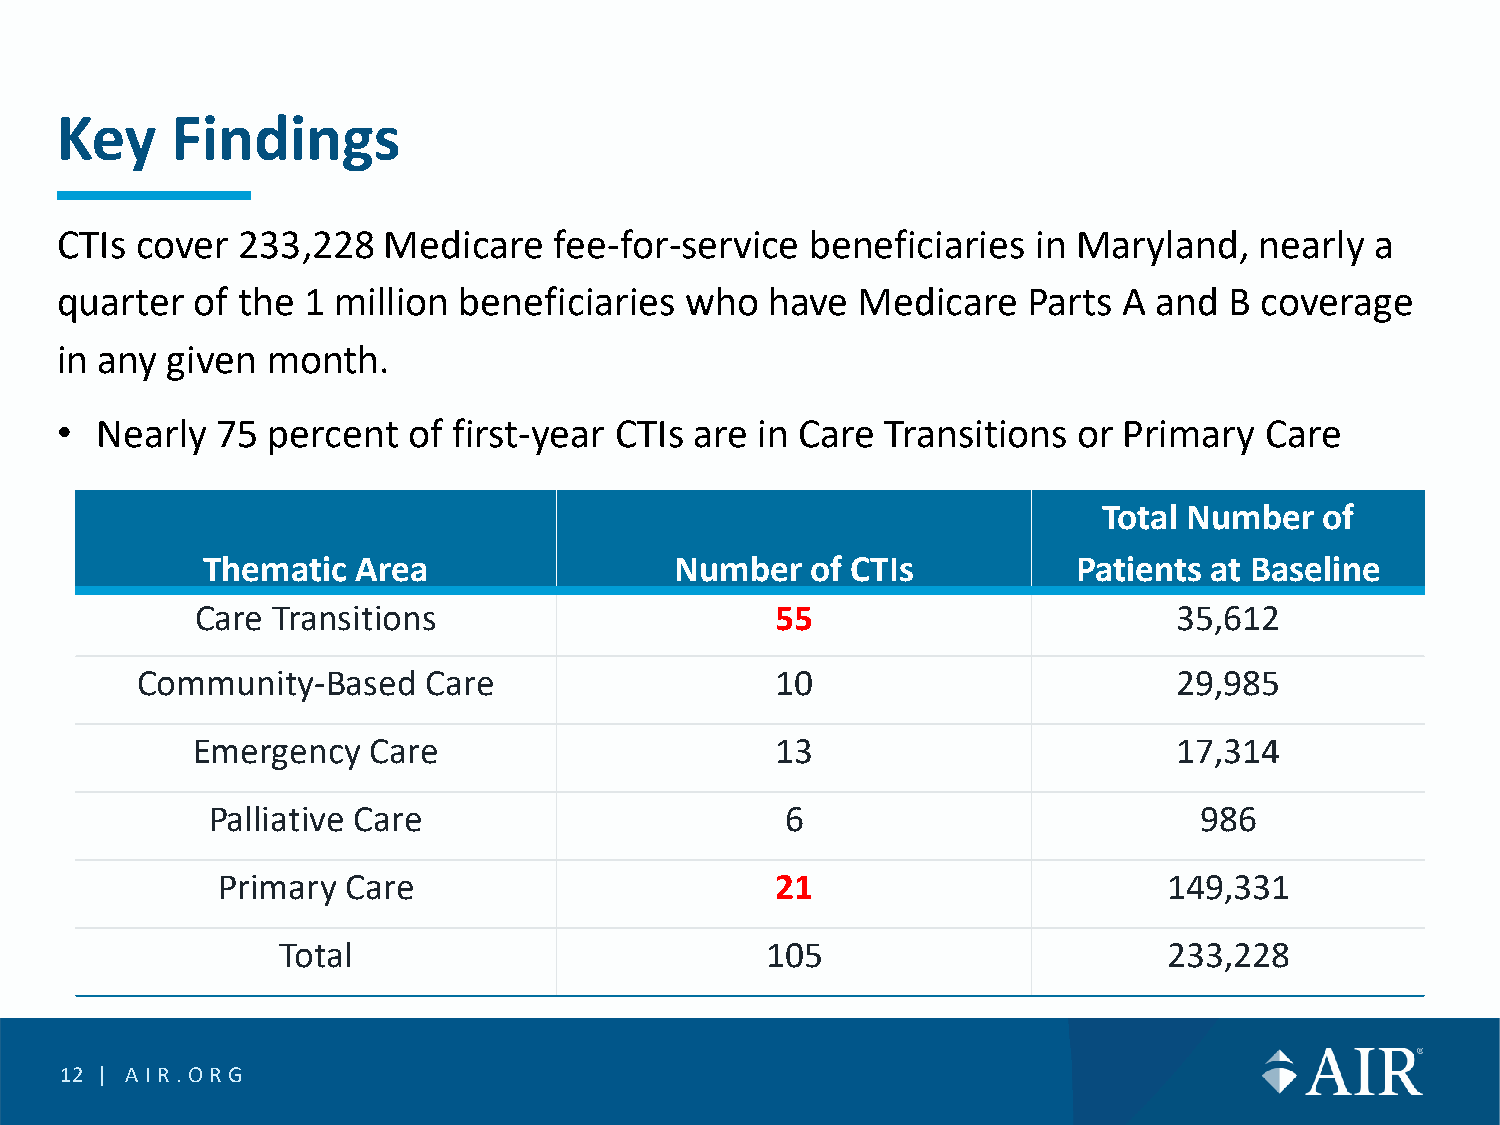
Key    Findings
 CTIs cover  233,228  Medicare    fee-for-service  beneficiaries  in Maryland,  nearly  a
 quarter  of the 1 million beneficiaries  who   have  Medicare   Parts A  and B  coverage
 in any given  month.
 • Nearly  75  percent  of first-year CTIs are in Care  Transitions or Primary   Care
 Total Number   of
 Thematic   Area                 Number   of CTIs          Patients at Baseline
 Care Transitions                      55                         35,612
 Community-Based    Care                   10                         29,985
 Emergency  Care                       13                         17,314
 Palliative Care                       6                          986
 Primary  Care                        21                        149,331
 Total                            105                       233,228
 12 | AIR.O RG